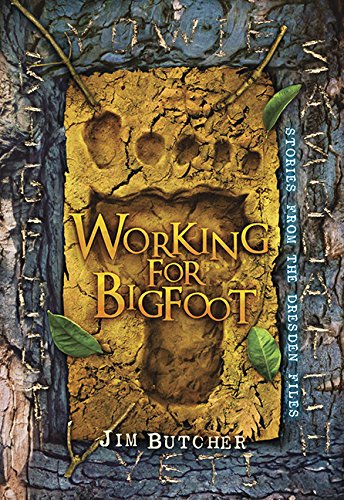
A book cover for Working for Bigfoot; Jim Butcher; Science Fiction & Fantasy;